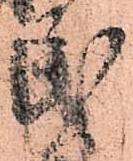
民